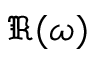
\Re ( \omega )